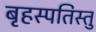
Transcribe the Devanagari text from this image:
बृहस्पतिस्तु